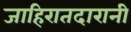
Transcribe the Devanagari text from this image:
जाहिरातदारानी